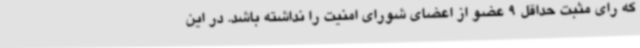
که رای مثبت حداقل 9 عضو از اعضای شورای امنیت را نداشته باشد. در این